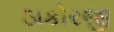
ઠાકોરજી